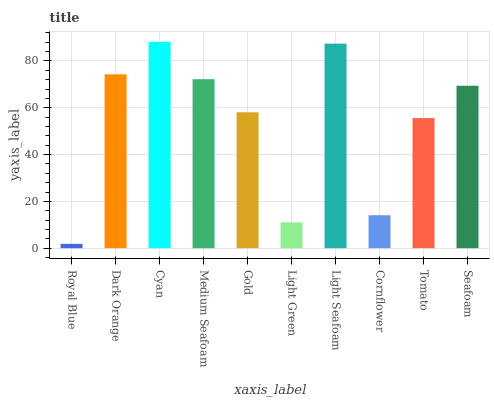
| xaxis_label | bars |
 | --- | --- |
 | Royal Blue | 1.86 |
 | Dark Orange | 74.3 |
 | Cyan | 88.2 |
 | Medium Seafoam | 72.2 |
 | Gold | 58.1 |
 | Light Green | 11 |
 | Light Seafoam | 87.4 |
 | Cornflower | 14.1 |
 | Tomato | 55.6 |
 | Seafoam | 69.4 |